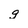
Character: g